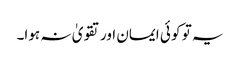
یہ تو کو ئی ایمان اور تقویٰ نہ ہوا۔